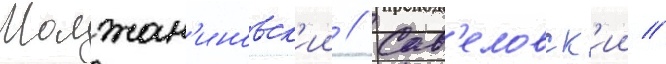
Молжан'иновск'ии // Сав'еловск'ии //